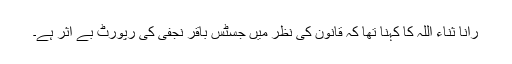
رانا ثناء اللہ کا کہنا تھا کہ قانون کی نظر میں جسٹس باقر نجفی کی رپورٹ بے اثر ہے۔